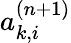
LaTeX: a_{k,i}^{(n+1)}